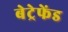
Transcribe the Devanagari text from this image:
बेट्रेफेंड